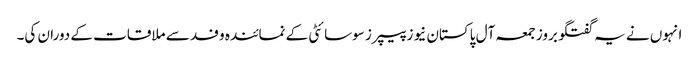
انہوں نے یہ گفتگو بروز جمعہ آل پاکستان نیوز پیپرز سوسائٹی کے نمائندہ وفد سے ملاقات کے دوران کی۔